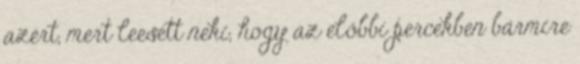
azért, mert leesett neki, hogy az előbbi percekben bármire